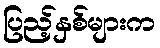
ပြည့်နှစ်များက